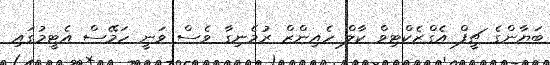
ބަޔާންގެ ޗީފް އެގްޒެކްޓިވް ކާލް ހެއިންޒް ރުމެނިގާ ވެސް ވަނީ ހަމޭސް އެޓީމުގައި